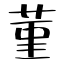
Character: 菫